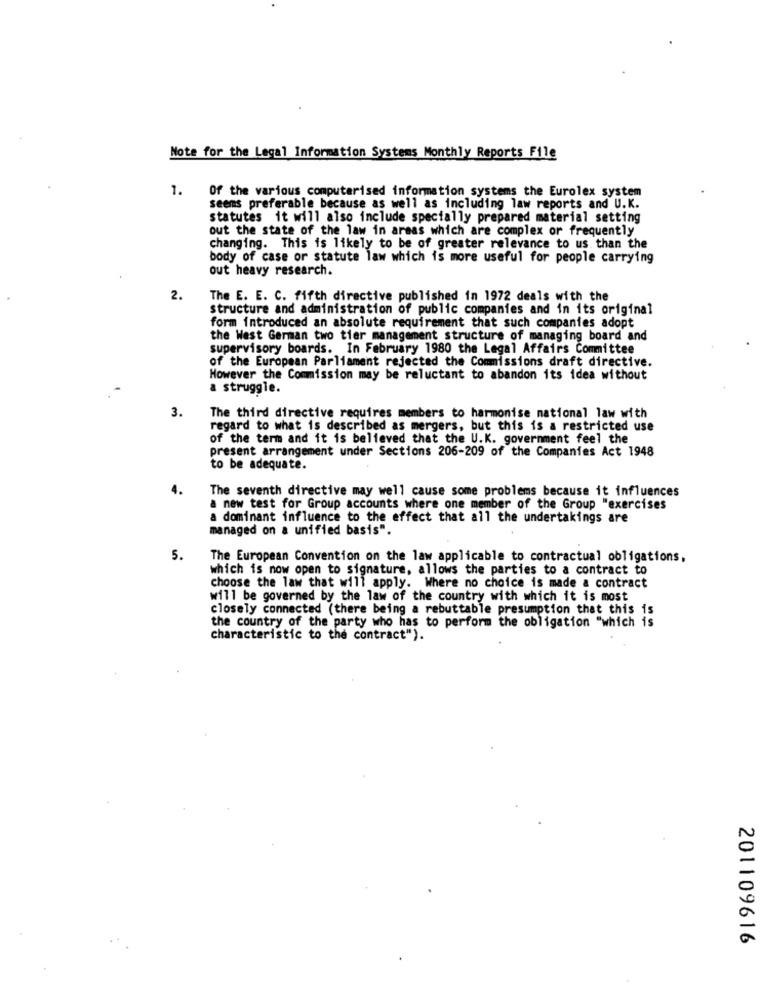
Note for the Legal Information Systems Monthly Reports File
. Of the various computerised information systems the Eurolex system
seems preferable because as well as including law reports and U.K.
statutes it will also include specially prepared material setting
out the state of the law in areas which are complex or frequently
changing. This is likely to be of greater relevance to us than the
body of case or statute law which is more useful for people carrying
out heavy research.
2.
The E. E. C. fifth directive published in 1972 deals with the
structure and administration of public companies and in its original
form introduced an absolute requirement that such companies adopt
the West German two tier management structure of managing board and
supervisory boards. In February 1980 the Legal Affairs Committee
of the European Parliament rejected the Commissions draft directive.
However the Commission may be reluctant to abandon its idea without
a struggle.
3.
The third directive requires members to harmonise national law with
regard to what is described as mergers, but this is a restricted use
of the term and it is believed that the U.K. government feel the
present arrangement under Sections 206-209 of the Companies Act 1948
to be adequate.
The seventh directive may well cause some problems because it influences
a new test for Group accounts where one member of the Group "exercises
a dominant influence to the effect that all the undertakings are
managed on a unified basis".
5.
The European Convention on the law applicable to contractual obligations,
which is now open to signature, allows the parties to a contract to
choose the law that will apply. Where no choice is made a contract
will be governed by the law of the country with which it is most
closely connected (there being a rebuttable presumption that this is
the country of the party who has to perform the obligation "which is
characteristic to the contract").
201109616